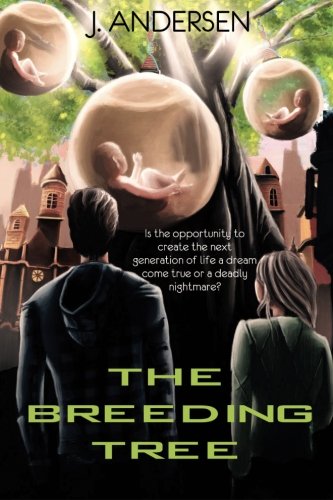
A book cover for The Breeding Tree; J. Andersen; Science Fiction & Fantasy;